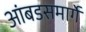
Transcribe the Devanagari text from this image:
आंबडसमार्गे